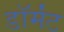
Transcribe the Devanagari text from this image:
डॉर्मंट